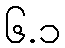
၆.၁